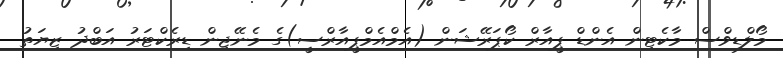
މޯލްޑިވްސް މާކެޓިން އެންޑް ޕީއާރް ކޯޕަރޭޝަން (އެމްއެމްޕީއާރްސީ)ގެ މެނޭޖިން ޑިރެކްޓަރު އަބްދު ޒިޔަތު